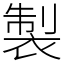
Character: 製